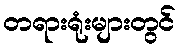
တရားရုံးများတွင်